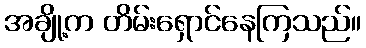
အချို့က တိမ်းရှောင်နေကြသည်။